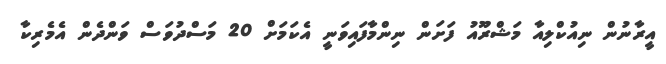
އީރާނުން ނިއުކްލިއާ މަޝްރޫއު ފަށަން ނިންމާފައިވަނީ އެކަމަށް 20 މަސްދުވަސް ވަންދެން އެމެރިކާ